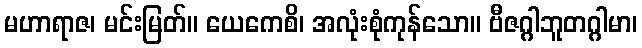
မဟာရာဇ၊ မင်းမြတ်။ ယေကေစိ၊ အလုံးစုံကုန်သော။ ဗီဇဂ္ဂါဘူတဂ္ဂါမာ၊